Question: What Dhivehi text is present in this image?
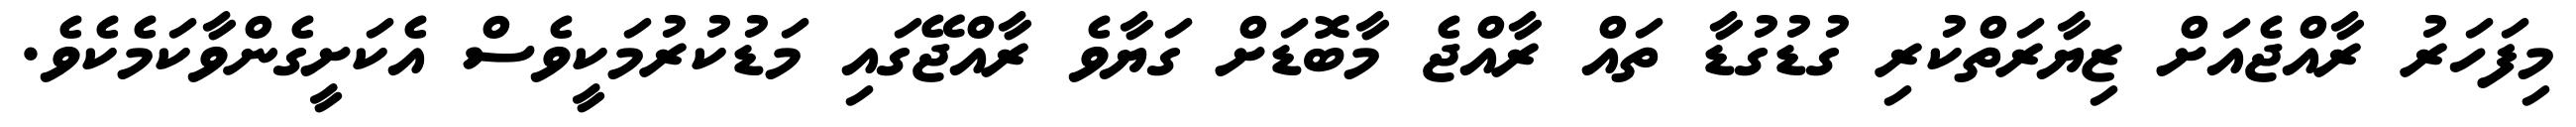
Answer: މިފަހަރު ރާއްޖެއަށް ޒިޔާރަތްކުރި ގުޑުގުޑާ ތައް ރާއްޖެ މާބޮޑަށް ގަޔާވެ ރާއްޖޭގައި މަޑުކުރުމަކީވެސް އެކަށީގެންވާކަމެކެވެ.